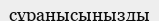
сұранысыңызды